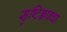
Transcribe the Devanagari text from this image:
सृष्टिज्ञानचा